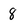
Character: 8